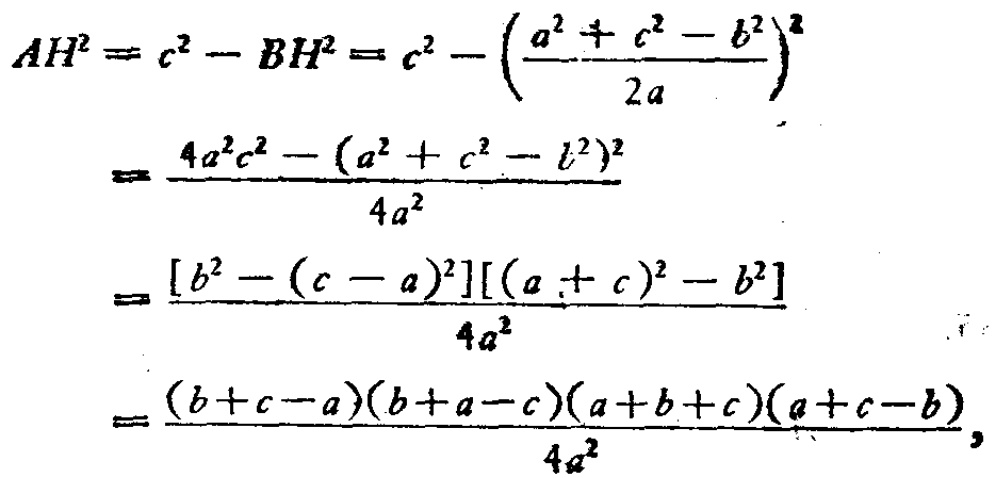
\[

\begin{align*}

AH^{2}&=c^{2}-BH^{2}=c^{2}-\left(\frac{a^{2}+c^{2}-b^{2}}{2a}\right)^{2}\\

&=\frac{4a^{2}c^{2}-(a^{2}+c^{2}-b^{2})^{2}}{4a^{2}}\\

&=\frac{[b^{2}-(c - a)^{2}][(a + c)^{2}-b^{2}]}{4a^{2}}\\

&=\frac{(b + c - a)(b + a - c)(a + b + c)(a + c - b)}{4a^{2}},

\end{align*}

\]